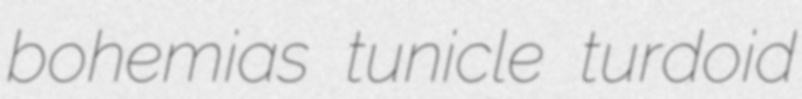
bohemias tunicle turdoid